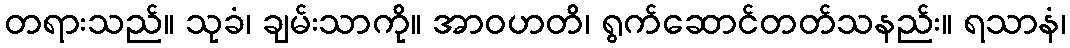
တရားသည်။ သုခံ၊ ချမ်းသာကို။ အာဝဟတိ၊ ရွက်ဆောင်တတ်သနည်း။ ရသာနံ၊